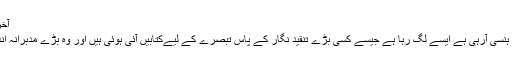
آخری تدوین: ‏دسمبر 12, 2018
مجھے اپنے تبصرے پڑھ کے ہنسی آرہی ہے ایسے لگ رہا ہے جیسے کسی بڑے تنقید نگار کے پاس تبصرے کے لیےکتابیں آئی ہوئی ہیں اور وہ بڑے مدبرانہ انداز سے تبصرے فرما رہا ہے۔